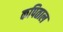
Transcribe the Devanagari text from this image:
कपिताल